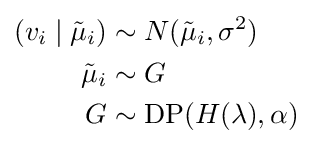
{\begin{aligned}(v_{i}\mid {\tilde {\mu }}_{i})&\sim N({\tilde {\mu }}_{i},\sigma ^{2})\\{\tilde {\mu }}_{i}&\sim G\\G&\sim \operatorname {DP} (H(\lambda ),\alpha )\end{aligned}}